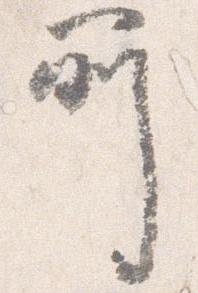
所